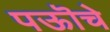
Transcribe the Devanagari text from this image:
पऊॊचे